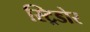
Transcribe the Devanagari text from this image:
स्ट्रिडोर